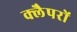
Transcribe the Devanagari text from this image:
क्लैपरों